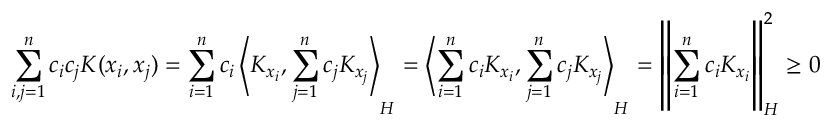
\sum _ { i , j = 1 } ^ { n } c _ { i } c _ { j } K ( x _ { i } , x _ { j } ) = \sum _ { i = 1 } ^ { n } c _ { i } \left\langle K _ { x _ { i } } , \sum _ { j = 1 } ^ { n } c _ { j } K _ { x _ { j } } \right\rangle _ { H } = \left\langle \sum _ { i = 1 } ^ { n } c _ { i } K _ { x _ { i } } , \sum _ { j = 1 } ^ { n } c _ { j } K _ { x _ { j } } \right\rangle _ { H } = \left\| \sum _ { i = 1 } ^ { n } c _ { i } K _ { x _ { i } } \right\| _ { H } ^ { 2 } \geq 0